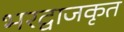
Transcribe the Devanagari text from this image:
भरद्वाजकृत